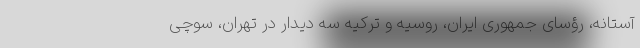
آستانه، رؤسای جمهوری ایران، روسیه و ترکیه سه دیدار در تهران، سوچی